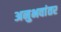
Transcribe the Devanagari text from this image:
अनुभवांतर